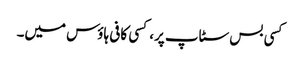
کسی بس سٹاپ پر، کسی کافی ہاؤس میں۔